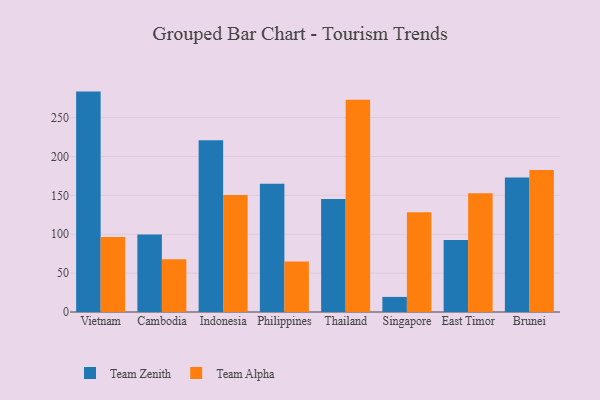
{"axis": {"x": "Country", "y": "Operating Costs (USD K)"}, "legend": ["Team Alpha", "Team Zenith"], "data": [{"x": "Vietnam", "y": 283.4, "type": "Team Zenith"}, {"x": "Vietnam", "y": 96.4, "type": "Team Alpha"}, {"x": "Cambodia", "y": 99.6, "type": "Team Zenith"}, {"x": "Cambodia", "y": 67.7, "type": "Team Alpha"}, {"x": "Indonesia", "y": 220.9, "type": "Team Zenith"}, {"x": "Indonesia", "y": 150.6, "type": "Team Alpha"}, {"x": "Philippines", "y": 164.9, "type": "Team Zenith"}, {"x": "Philippines", "y": 64.9, "type": "Team Alpha"}, {"x": "Thailand", "y": 145.4, "type": "Team Zenith"}, {"x": "Thailand", "y": 273.0, "type": "Team Alpha"}, {"x": "Singapore", "y": 19.4, "type": "Team Zenith"}, {"x": "Singapore", "y": 128.4, "type": "Team Alpha"}, {"x": "East Timor", "y": 92.6, "type": "Team Zenith"}, {"x": "East Timor", "y": 152.6, "type": "Team Alpha"}, {"x": "Brunei", "y": 172.8, "type": "Team Zenith"}, {"x": "Brunei", "y": 182.7, "type": "Team Alpha"}]}